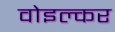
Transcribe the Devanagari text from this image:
वोइल्कर